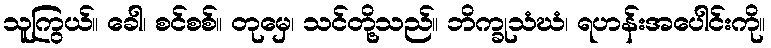
သူကြွယ်။ ခေါ၊ စင်စစ်။ တုမှေ၊ သင်တို့သည်။ ဘိက္ခုသံဃံ၊ ရဟန်းအပေါင်းကို။